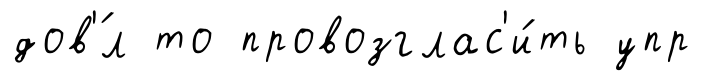
дов'́л то провозглас'и́ть упр